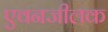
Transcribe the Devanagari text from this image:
एवनजीलक